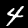
Label: 4